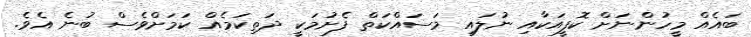
ބައެއް މީހުންނަށް ކޮފީއަކާއި ނުލައި މަސައްކަތް ފެށުމަކީ ދަތިކަމެއް ކަމަށްވެސް ބުނެ އެވެ.